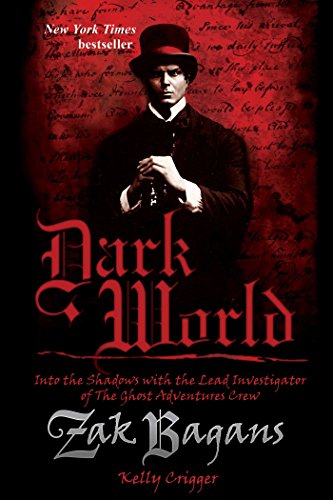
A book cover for Dark World: Into the Shadows with the Lead Investigator of The Ghost Adventures Crew; Zak Bagans; Religion & Spirituality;